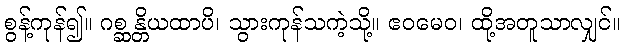
စွန့်ကုန်၍။ ဂစ္ဆန္တိယထာပိ၊ သွားကုန်သကဲ့သို့။ ဧဝမေဝ၊ ထို့အတူသာလျှင်။